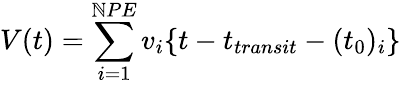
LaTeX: V(t)=\sum_{i=1}^{\mathbb{N}PE}v_{i}\{ t-t_{transit}-(t_{0})_{i}\}